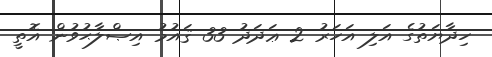
ހިދާޔަތުގެ އަލި އަހަރު 2 ޢަދަދު 33 ޤައުމު އިޞްލާޙުވުން އޮތީ